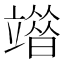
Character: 𥪶